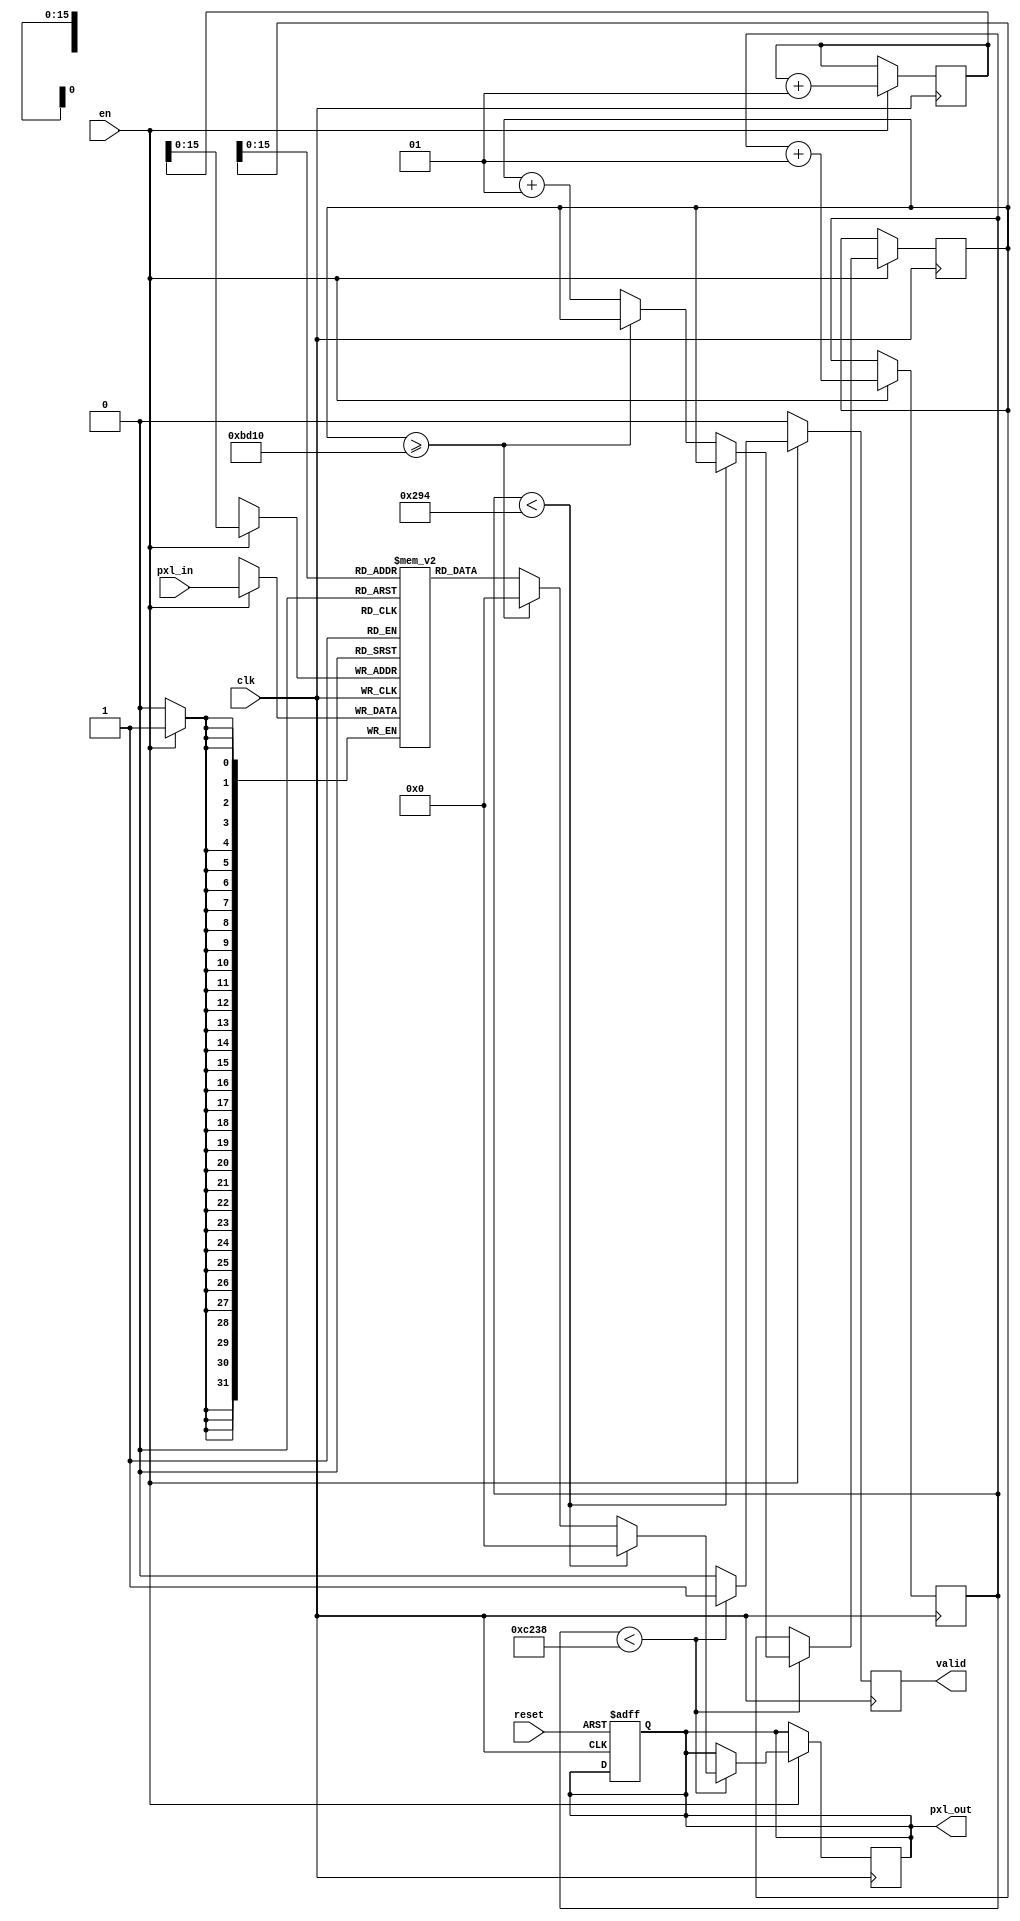
module padding_71
  #(parameter D = 220,
    parameter DATA_WIDTH = 32)
    (
    	input clk,
    	input reset,
    	input en,
    	input [DATA_WIDTH-1:0] pxl_in,
			//debug
   	output  [DATA_WIDTH-1:0] pxl_out,
   	output  valid
    );
        //debug
    wire  [DATA_WIDTH-1:0] test_in;
    
    parameter W = D;
    parameter H = D;
    parameter T = W * H;
    
    integer i = 0;
    integer g = 0;
    integer x = 0;
    
    reg [DATA_WIDTH-1:0] tmp;
    reg [DATA_WIDTH-1:0]memory[T:0];
    
always @(posedge clk, posedge reset)begin
  if(reset)begin
    tmp <= 0; 
  end
end 
  
always @(posedge clk)begin
  if(en)begin
    memory[g] <= pxl_in;
    g <= g+1;
  end
end

always @(posedge clk)begin
  if(en)begin
    if(i < ((W+6)*H))begin
        if(i < W*3)
           tmp <= 0;      
        else if( x >= (W*H))
           tmp <= 0;
        else begin
            tmp <= memory[x];
            x <= x + 1;
        end
    end
    i <= i+1;
  end
end

reg tmp1;

always @(posedge clk)begin
  if(en)begin
    if(i < ((W+6)*H))begin
      tmp1 <= 1;
    end
    else 
      tmp1 <= 0;  
  end 
  else
    tmp1 <= 0;  
 end
 
assign valid = tmp1;
assign test_in = memory[x];
assign pxl_out =tmp;


endmodule